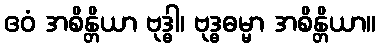
ဧဝံ အစိန္တိယာ ဗုဒ္ဓါ၊ ဗုဒ္ဓဓမ္မာ အစိန္တိယာ။